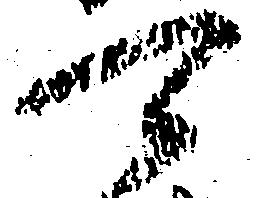
可